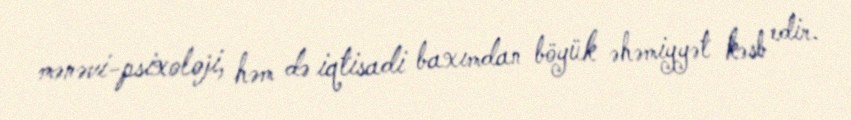
mənəvi-psixoloji, həm də iqtisadi baxımdan böyük əhəmiyyət kəsb edir.